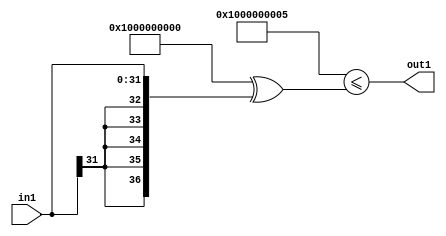
`timescale 1ps / 1ps
/*****************************************************************************
    Verilog RTL Description
    
    
    Created by: Stratus DpOpt 21.05.01 
*******************************************************************************/

module SobelFilter_Gei5s32_4 (
	in1,
	out1
	); /* architecture "behavioural" */ 
input [31:0] in1;
output  out1;
wire  asc001;

assign asc001 = ((37'B1000000000000000000000000000000000000 ^ 37'B0000000000000000000000000000000000101)<=(37'B1000000000000000000000000000000000000
    ^ {{5{in1[31]}}, in1}));

assign out1 = asc001;
endmodule

/* CADENCE  uLP4SAs= : u9/ySxbfrwZIxEzHVQQV8Q== ** DO NOT EDIT THIS LINE ******/